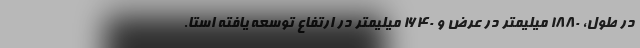
در طول، 1880 میلیمتر در عرض و 1640 میلیمتر در ارتفاع توسعه یافته استا.